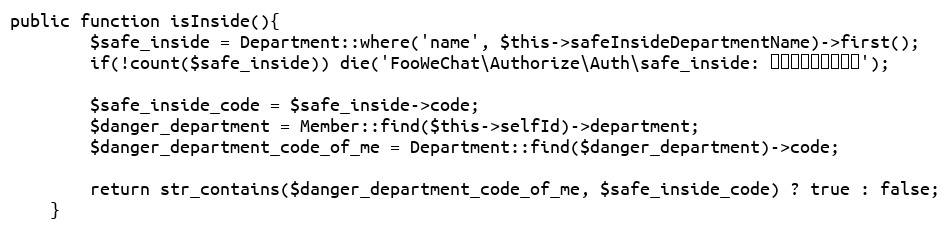
Language: PHP
public function isInside(){
		$safe_inside = Department::where('name', $this->safeInsideDepartmentName)->first();
		if(!count($safe_inside)) die('FooWeChat\Authorize\Auth\safe_inside: 内部单位名设置错误');

		$safe_inside_code = $safe_inside->code;
		$danger_department = Member::find($this->selfId)->department;
		$danger_department_code_of_me = Department::find($danger_department)->code;

		return str_contains($danger_department_code_of_me, $safe_inside_code) ? true : false;
	}